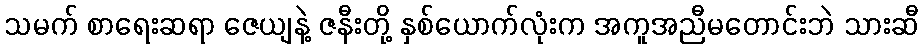
သမက် စာရေးဆရာ ဇေယျနဲ့ ဇနီးတို့ နှစ်ယောက်လုံးက အကူအညီမတောင်းဘဲ သားဆီ